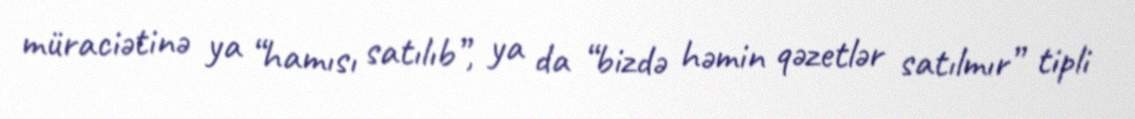
müraciətinə ya “hamısı satılıb”, ya da “bizdə həmin qəzetlər satılmır” tipli